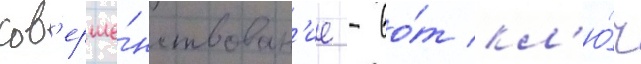
сов'ерше́нствован'ие - во́т кл'ю́ч